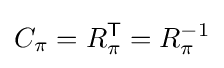
C_{\pi }=R_{\pi }^{\mathsf {T}}=R_{\pi }^{-1}